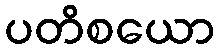
ပတိစယော